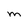
Character: M